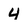
Character: 4